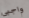
واجبى